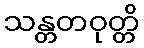
သန္တတဝုတ္တိ